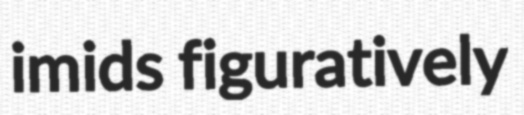
imids figuratively